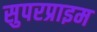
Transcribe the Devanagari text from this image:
सुपरप्राइम